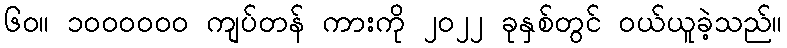
၆၀။ ၁၀၀၀၀၀၀ ကျပ်တန် ကားကို ၂၀၂၂ ခုနှစ်တွင် ဝယ်ယူခဲ့သည်။